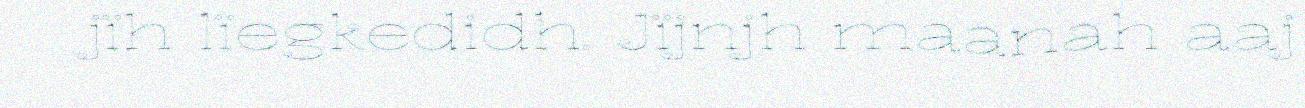
jïh lïegkedidh. Jïjnjh maanah aaj